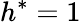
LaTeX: h^{\ast}=1